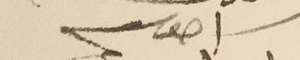
اخوكم